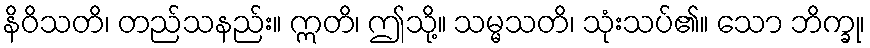
နိဝိသတိ၊ တည်သနည်း။ ဣတိ၊ ဤသို့။ သမ္မသတိ၊ သုံးသပ်၏။ သော ဘိက္ခု၊